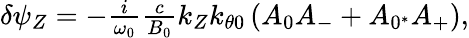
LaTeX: \begin{array}{r}{\delta\psi_{Z}=-\frac{i}{\omega_{0}}\frac{c}{B_{0}}k_{Z}k_{\theta 0}\left(A_{0}A_{-}+A_{0^{*}}A_{+}\right),}\end{array}